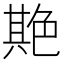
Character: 𦫡